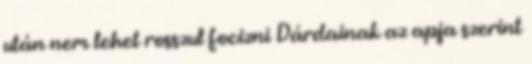
után nem lehet rosszul focizni Dárdainak az apja szerint